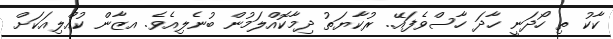
ކާކު ތި ހޯދަނީ ހާދަ ހާސްވެފައޭ.. ރުކާޔަތު ދިމާކޮއްލަމުން ބުނެލިއެވެ. އޒާން ކުއްލިއަކަށް